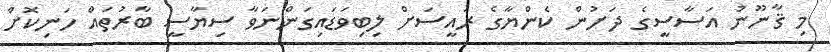
މި ޤާނޫނު އަސާސީގެ ދަށުން ކެންޔާގެ ރައީސަށް ލިބިވަޑައިގަންނަވާ ސިޔާސީ ބާރުތައް ހަނިކޮށް